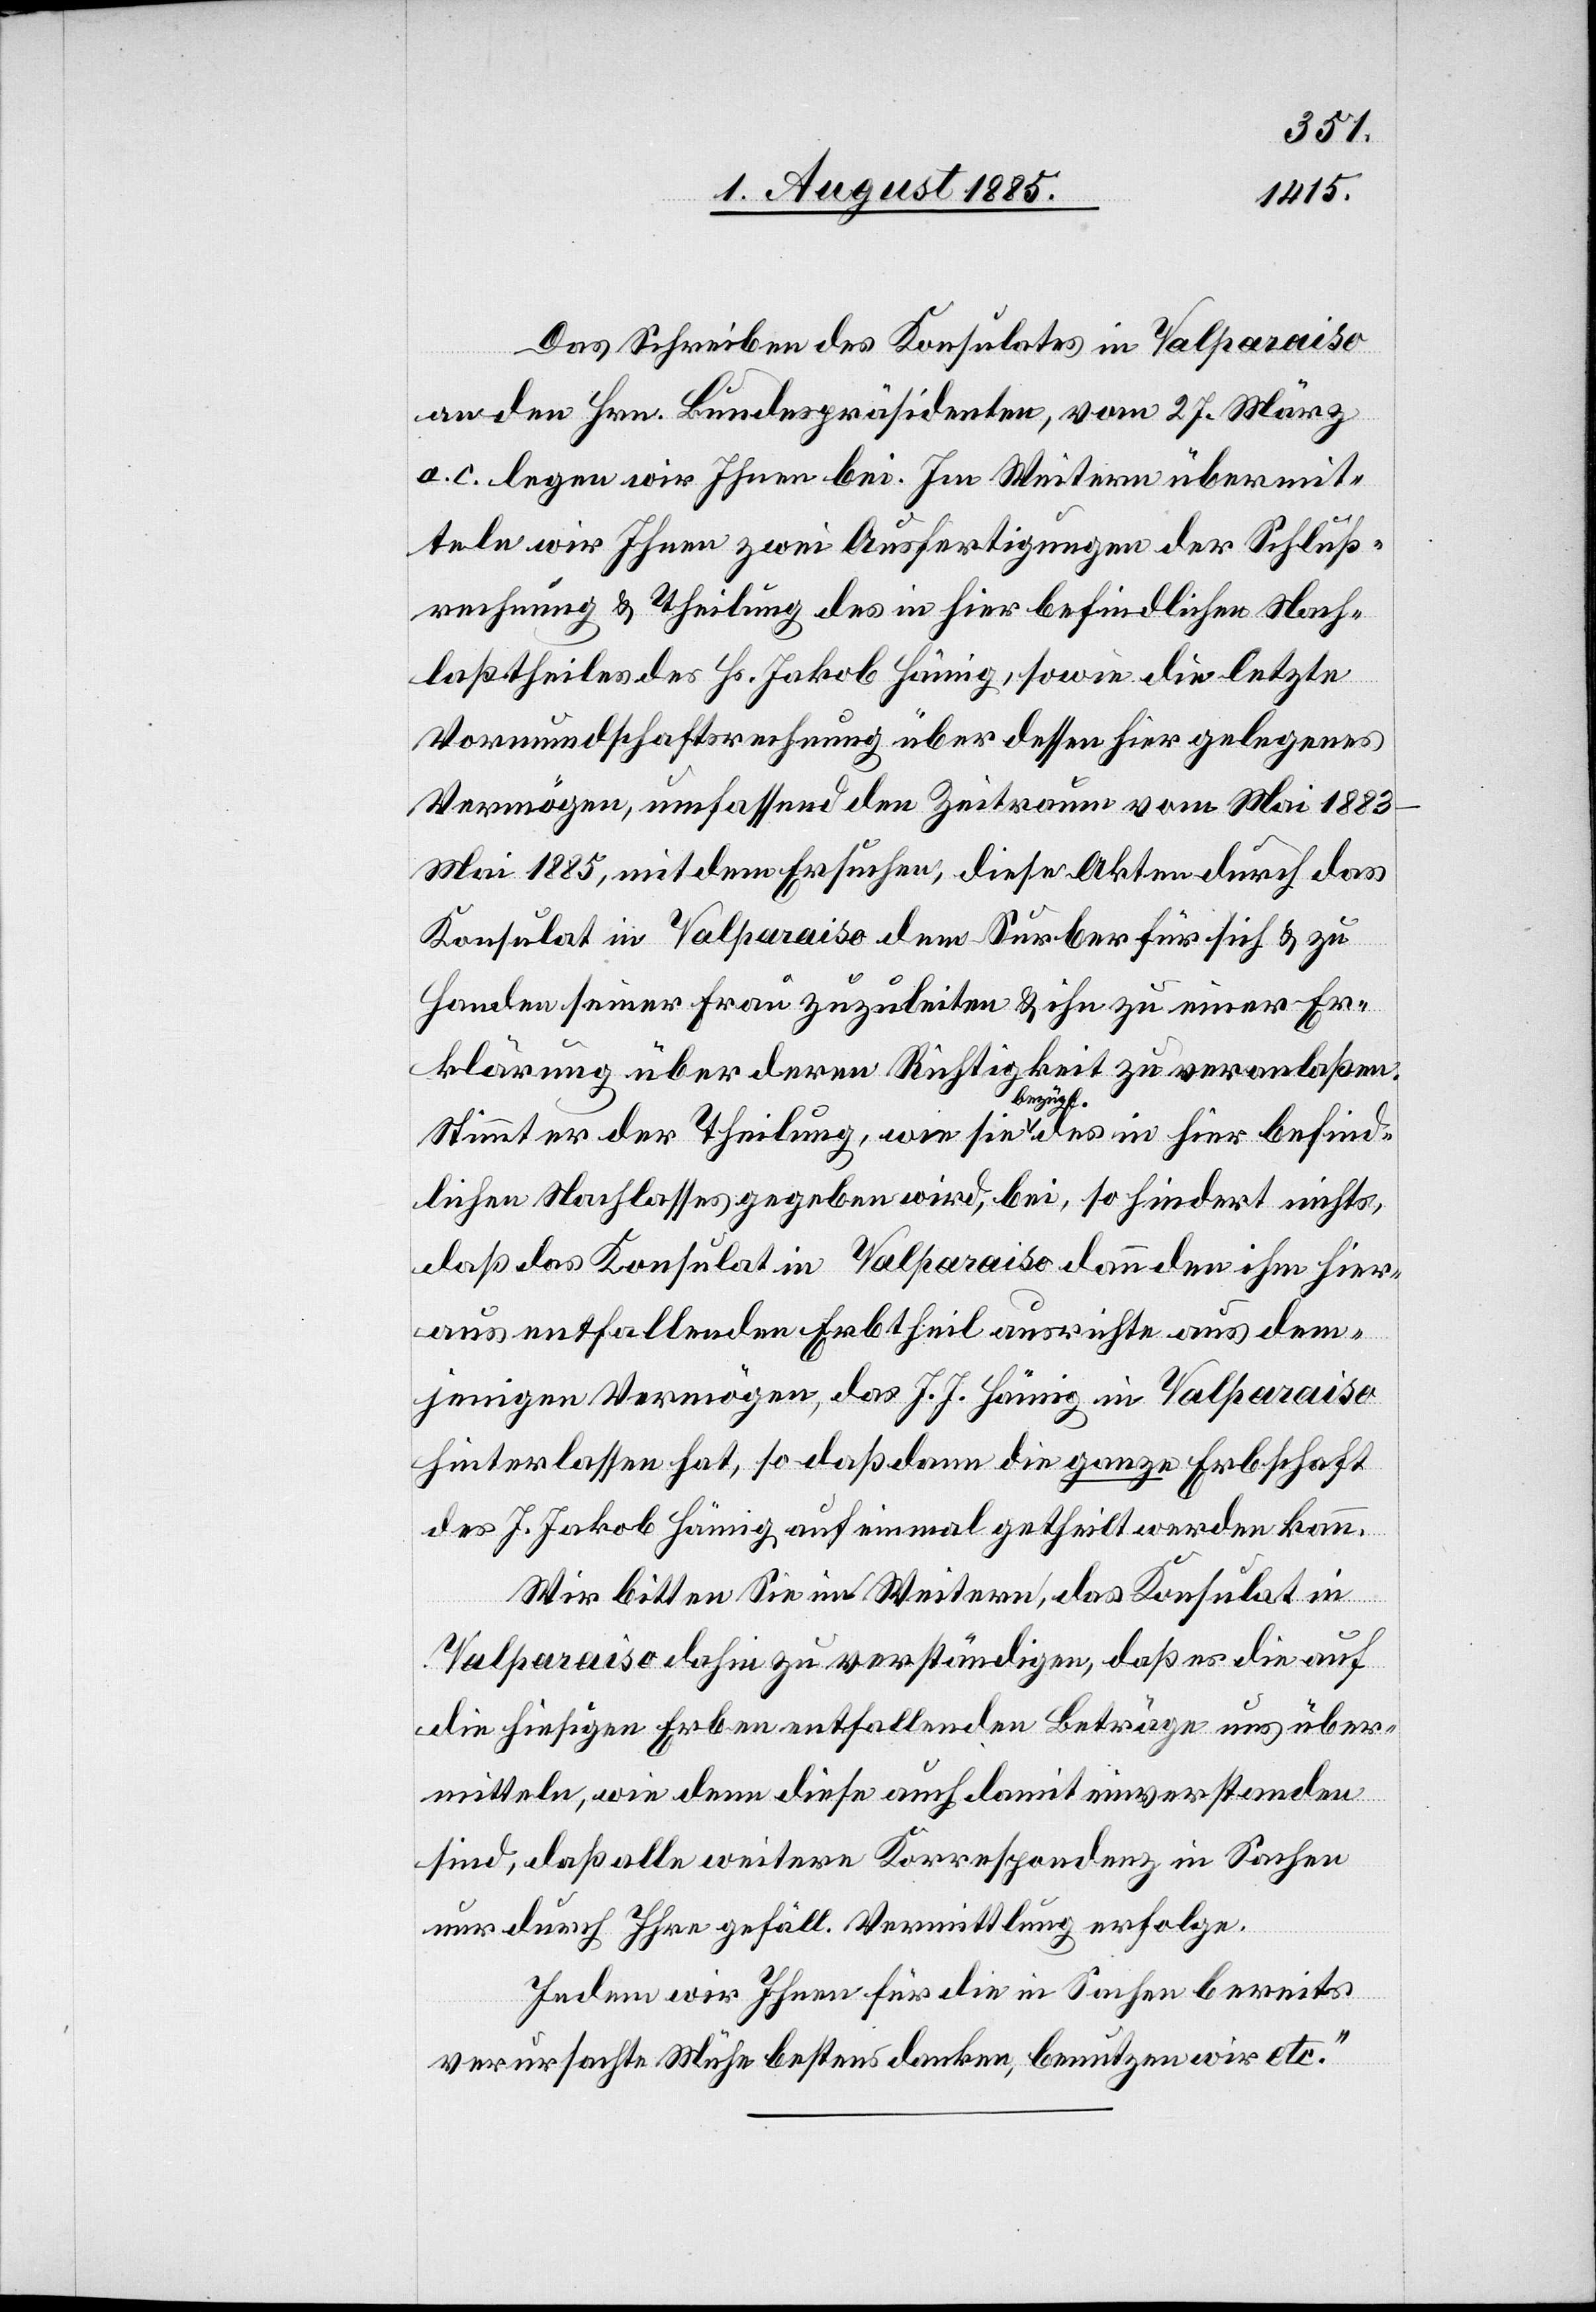
Das Schreiben des Konsulates in Valparaiso
an den Hrn. Bundespräsidenten, vom 27. März
a. c. legen wir Ihnen bei. Im Weitern übermit¬
teln wir Ihnen zwei Ausfertigungen der Schluß¬
rechnung & Theilung des in hier befindlichen Nach¬
laßtheiles des Hs. Jakob Hämig, sowie die letzte
Vormundschaftsrechnung über dessen hier gelegenes
Vermögen, umfassend den Zeitraum vom Mai 1883–M¬
ai 1885, mit dem Ersuchen, diese Akten durch das
Konsulat in Valparaiso dem Surber für sich & zu
Handen seiner Frau zuzuleiten & ihn zu einer Er¬
klärung über deren Richtigkeit zu veranlaßen.
Stimmt er der Theilung, wie sie bezügl. des in hier befind¬
lichen Nachlasses gegeben wird, bei, so hindert nichts,
daß das Konsulat in Valparaiso dann den ihm hier¬
aus entfallenden Erbtheil ausrichte aus dem¬
jenigen vermögen, das J. J. Hämig in Valparaiso
hinterlassen hat, so daß dann die ganze Erbschaft
des J. Jakob Hämig auf einmal getheilt werden kann.
Wir bitten Sie im Weitern, das Konsulat in
Valparaiso dahin zu verständigen, daß es die auf
die hiesigen Erben entfallenden Beträge uns über¬
mitteln, wie denn diese auch damit einverstanden
sind, daß alle weitere Korrespondenz in Sachen
nur durch Ihre gefäll. Vermittlung erfolge.
Indem wir Ihnen für die in Sachen bereits
verursachte Mühe bestens danken, benutzen wir etc.“